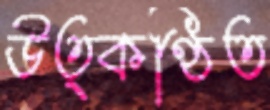
উত্কণ্ঠিত